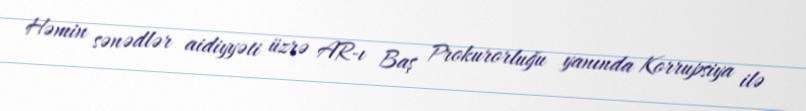
Həmin sənədlər aidiyyəti üzrə AR-ı Baş Prokurorluğu yanında Korrupsiya ilə